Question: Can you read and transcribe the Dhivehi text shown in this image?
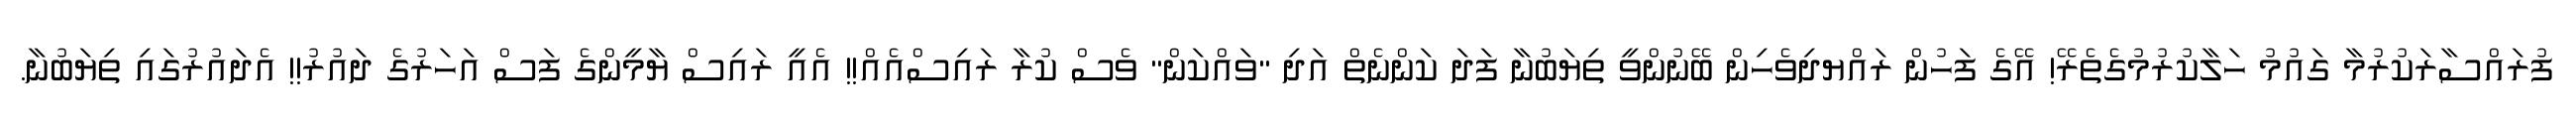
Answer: ފުރައްސާރަކުރުމާ ގައުމު ހަލާކުރުމުގެތެރޭ! އޭގެ ފަހުން ރައްޔދިވެހިން ބޭނުންވީ ތިޔަބުނާ ފަދަ ކަންނެތް އަދި "ވައްކަން" ވެސް ކުރާ ރައިސްއެއް!! އެއީ ރައިސް ޔާމީންގެ ފަސް އަހަރުގެ ދައުރު!! އެދައުރުގައި ތިޔަބުނާ.